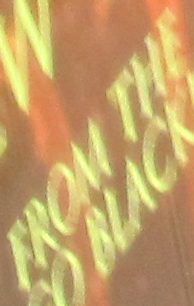
FROM THE